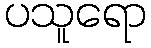
ပသူရော